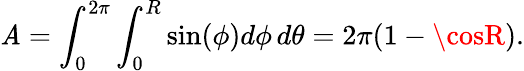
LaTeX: \mathit{A}=\int_{0}^{2\pi}\int_{0}^{R}\sin(\phi)d\phi\, d\theta=2\pi(1-\cosR).